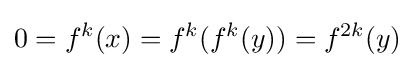
0=f^{k}(x)=f^{k}(f^{k}(y))=f^{2k}(y)